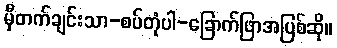
မှီတက်ချင်းသာ-စပ်တုံပါ-ခြောက်ဖြာအပြစ်ဆို။